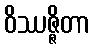
ဝိဿဇ္ဇိတာ